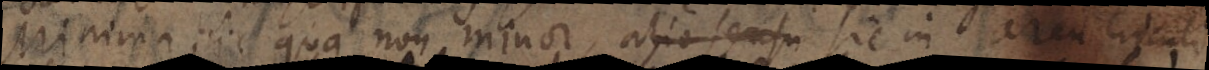
Minima, sic qua non minor, alio sensu sic in area circuli